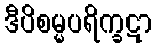
ဒီပိစမ္မပရိက္ခဋာ